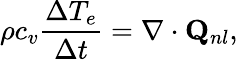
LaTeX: \rho{c_{v}}\frac{{\Delta{T_{e}}}}{{\Delta t}}=\nabla\cdot{{\mathbf{Q}}_{nl}},